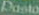
Pasta